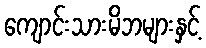
ကျောင်းသားမိဘများနှင့်